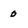
Character: 0